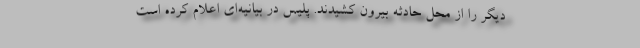
دیگر را از محل حادثه بیرون کشیدند. پلیس در بیانیه‌ای اعلام کرده است